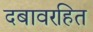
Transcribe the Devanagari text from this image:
दबावरहित